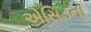
એસિડનો